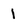
Character: 1